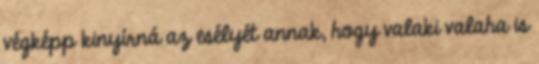
végképp kinyírná az esélyét annak, hogy valaki valaha is